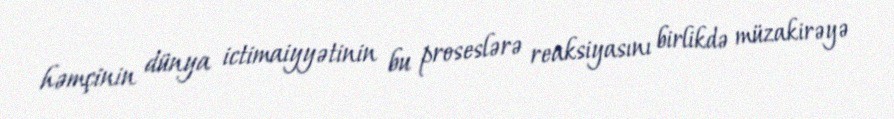
həmçinin dünya ictimaiyyətinin bu proseslərə reaksiyasını birlikdə müzakirəyə